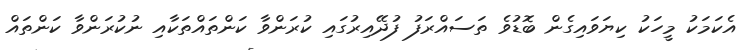
އެކަމަކު މީހަކު ކިޔަވައިގެން ބޮޑުވެ ތަސައްރަފު ފުދޭއިރުގައި ކުރަންވާ ކަންތައްތަކާއި ނުކުރަންވާ ކަންތައް